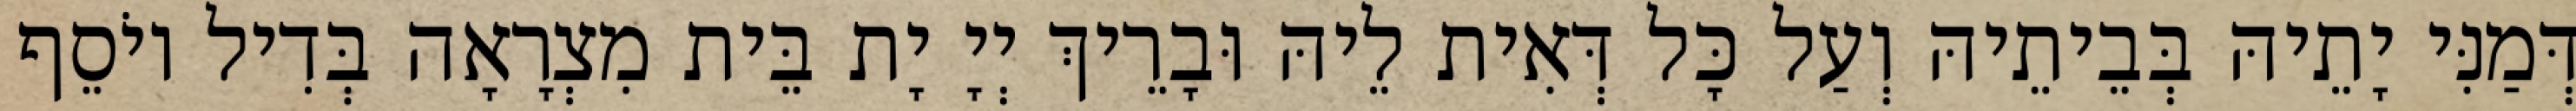
דְּמַנִּי יָתֵיהּ בְּבֵיתֵיהּ וְעַל כָּל דְּאִית לֵיהּ וּבָרֵיךְ יְיָ יָת בֵּית מִצְרָאָה בְּדִיל יוֹסֵף